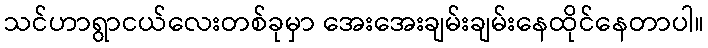
သင်ဟာရွာငယ်လေးတစ်ခုမှာ အေးအေးချမ်းချမ်းနေထိုင်နေတာပါ။